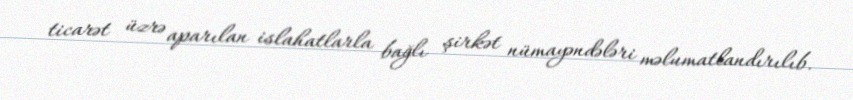
ticarət üzrə aparılan islahatlarla bağlı şirkət nümayəndələri məlumatlandırılıb.